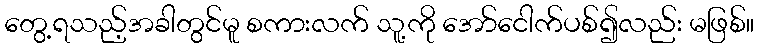
တွေ့ရသည့်အခါတွင်မူ စကားလက် သူ့ကို အော်ငေါက်ပစ်၍လည်း မဖြစ်။